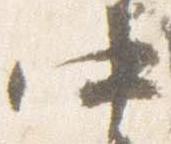
中